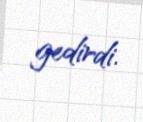
gedirdi.